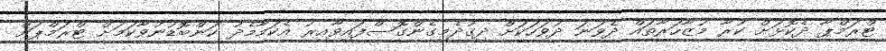
ޓްރަމްޕާ ދެކޮޅަށް ކުރާ މުޒާހަރާތައް ދެވަނަ ދުވަހަކަށް ދިގުދެމިގެންގޮސްފައިވާއިރު އެކަމާމެދު ކަންބޮޑުނުވާކަމަށް ޓްރަމްޕަށް